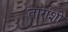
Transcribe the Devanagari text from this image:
तारांशी